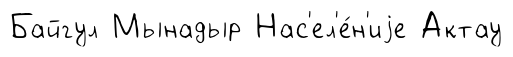
Байгул Мынадыр Нас'ел'е́н'иjе Актау